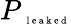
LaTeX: P_{\mathrm{~\tiny~l~e~a~k~e~d~}}